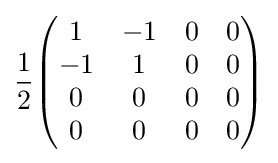
{1 \over 2}{\begin{pmatrix}1&-1&0&0\\-1&1&0&0\\0&0&0&0\\0&0&0&0\end{pmatrix}}